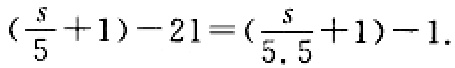
$\left(\frac{s}{5}+1\right)-21=\left(\frac{s}{5.5}+1\right)-1.$